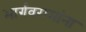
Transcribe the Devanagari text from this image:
भार्गवरामांना